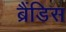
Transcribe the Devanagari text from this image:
ब्रैंडिस